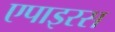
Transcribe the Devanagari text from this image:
एपाइरस